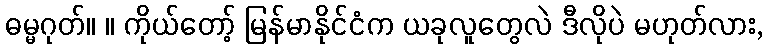
ဓမ္မဂုတ်။ ။ ကိုယ်တော့် မြန်မာနိုင်ငံက ယခုလူတွေလဲ ဒီလိုပဲ မဟုတ်လား,